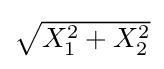
{\textstyle {\sqrt {X_{1}^{2}+X_{2}^{2}}}}